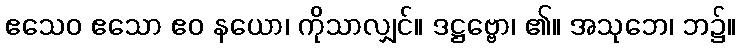
ဧသေဝ ဧသော ဧဝ နယော၊ ကိုသာလျှင်။ ဒဋ္ဌဗ္ဗော၊ ၏။ အသုဘေ၊ ဘ၌။